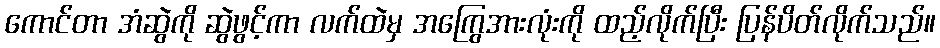
ကောင်တာ အံဆွဲကို ဆွဲဖွင့်ကာ လက်ထဲမှ အကြွေအားလုံးကို ထည့်လိုက်ပြီး ပြန်ပိတ်လိုက်သည်။